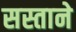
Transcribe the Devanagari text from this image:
सस्ताने